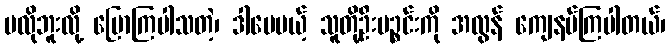
မလိုဘူးလို့ ပြောကြပါသတဲ့၊ ဒါပေမယ့် သူတို့ဦးပဉ္စင်းကို အလွန် ကျေနပ်ကြပါတယ်၊